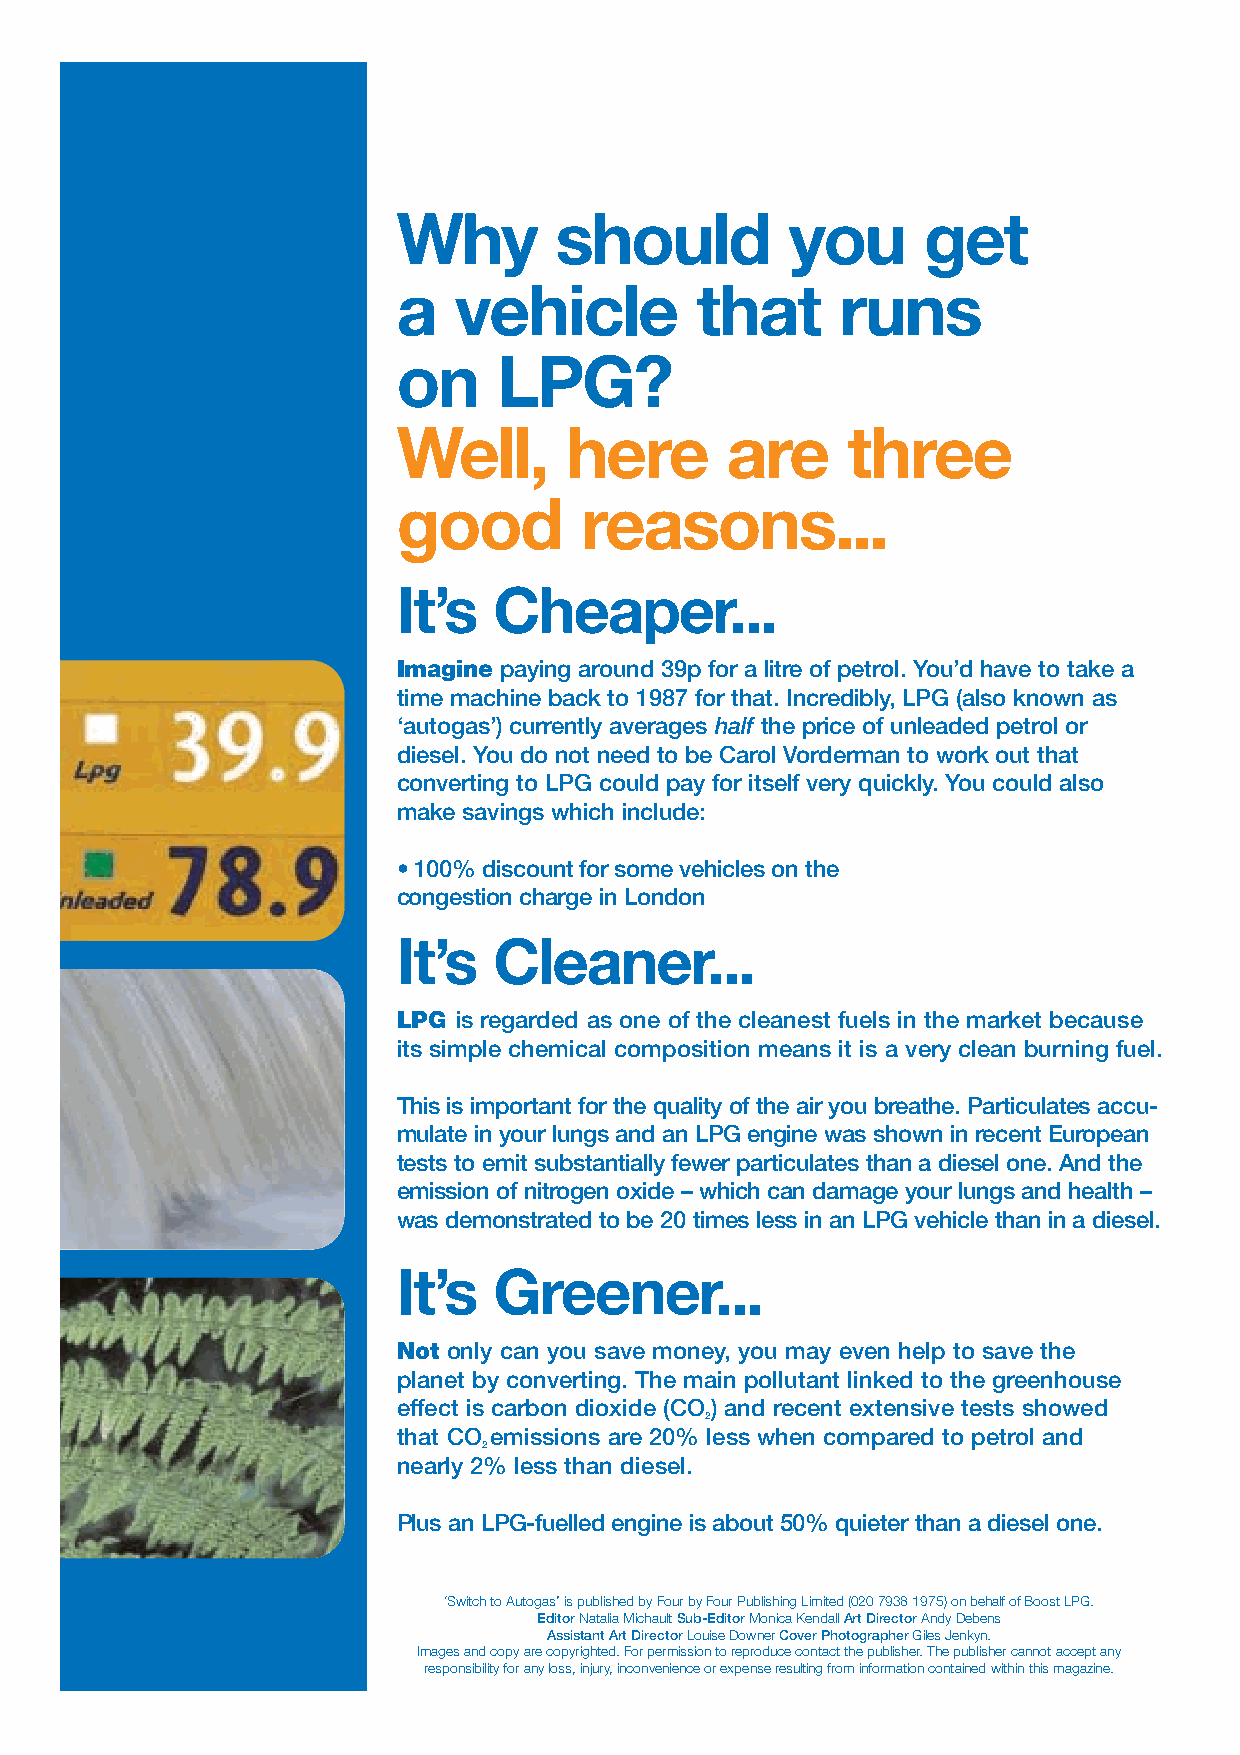
Why        should         you      get
 a   vehicle         that      runs
 on     LPG?
 Well,      here       are     three
 good        reasons...
 It’s   Cheaper...
 Imagine paying around 39p for a litre of petrol. You’d have to take a
 time machine back to 1987 for that. Incredibly, LPG (also known as
 ‘autogas’) currently averages half the price of unleaded petrol or
 diesel. You do not need to be Carol Vorderman to work out that
 converting to LPG could pay for itself very quickly. You could also
 make savings which include:
 • 100% discount for some vehicles on the
 congestion charge in London
 It’s   Cleaner...
 LPG is regarded as one of the cleanest fuels in the market because
 its simple chemical composition means it is a very clean burning fuel.
 This is important for the quality of the air you breathe. Particulates accu-
 mulate in your lungs and an LPG engine was shown in recent European
 tests to emit substantially fewer particulates than a diesel one. And the
 emission of nitrogen oxide – which can damage your lungs and health –
 was demonstrated to be 20 times less in an LPG vehicle than in a diesel.
 It’s   Greener...
 Not only can you save money, you may even help to save the
 planet by converting. The main pollutant linked to the greenhouse
 effect is carbon dioxide (CO) and recent extensive tests showed
 2
 that CO emissions are 20% less when compared to petrol and
 2
 nearly 2% less than diesel.
 Plus an LPG-fuelled engine is about 50% quieter than a diesel one.
 ‘Switch to Autogas’ is published by Four by Four Publishing Limited (020 7938 1975) on behalf of Boost LPG.
 EditorNatalia Michault Sub-EditorMonica Kendall Art Director Andy Debens
 Assistant Art DirectorLouise Downer CoverPhotographerGiles Jenkyn.
 Images and copy are copyrighted. For permission to reproduce contact the publisher. The publisher cannot accept any
 responsibility for any loss, injury, inconvenience or expense resulting from information contained within this magazine.